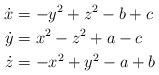
LaTeX: \begin{align*}\dot{x} &= -y^2+z^2-b+c \\ \dot{y}&= x^2-z^2+a-c \\\dot{z}&= -x^2+y^2-a+b\end{align*}